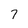
Character: 7